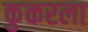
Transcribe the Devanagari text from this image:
कुकरला